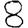
Digit: 8